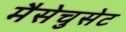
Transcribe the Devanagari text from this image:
मैसेचुसेट